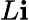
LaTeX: L\mathbf{i}